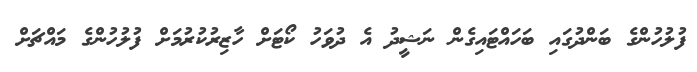
ފުލުހުންގެ ބަންދުގައި ބަހައްޓައިގެން ނަޝީދު އެ ދުވަހު ކޯޓަށް ހާޒިރުކުރުމަށް ފުލުހުންގެ މައްޗަށް